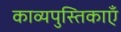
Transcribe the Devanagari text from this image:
काव्यपुस्तिकाएँ